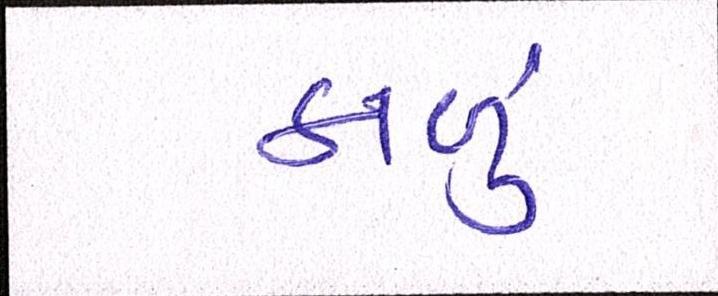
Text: કાળું